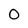
Character: 0